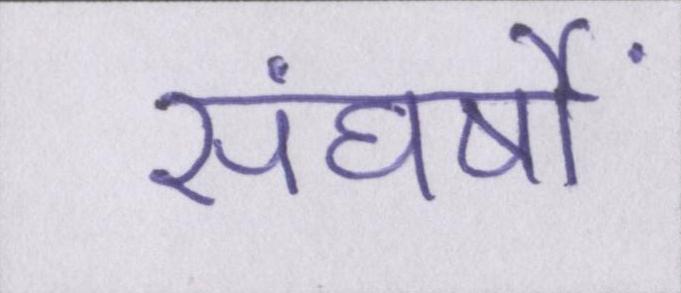
संघर्षों